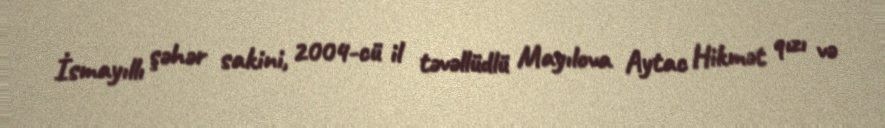
İsmayıllı şəhər sakini, 2004-cü il təvəllüdlü Mayılova Aytac Hikmət qızı və